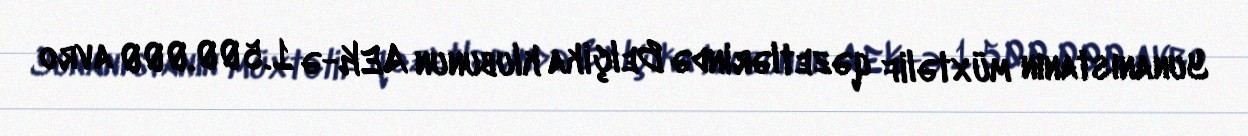
Yunanıstanın müxtəlif qəzetlərində Belçika klubunun AEK-ə 1.500.000 avro